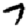
Digit: 7